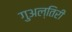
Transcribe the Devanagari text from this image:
गुअल्तिरी